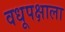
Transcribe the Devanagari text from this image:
वधूपक्षाला